Annual report of lunatic asylums [Bombay] - 1912-1922
Year: 1912
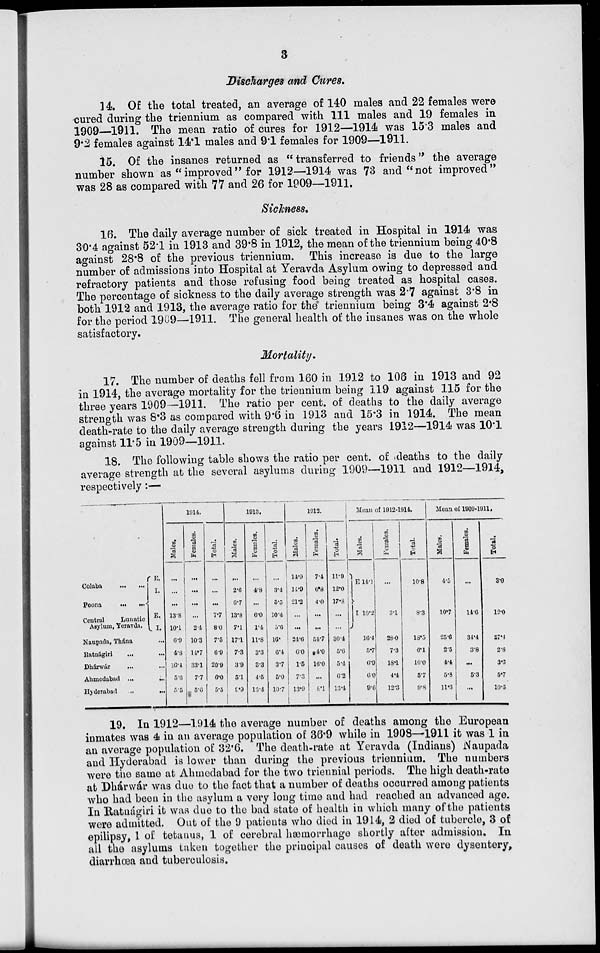
3
Discharges and Cures.
14. Of the total treated, an average of 140 males and 22 females were
cured during the triennium as compared with 111 males and 19 females in
1909—1911. The mean ratio of cures for 1912—1914 was 15.3 males and
9.2 females against 14.1 males and 9.1 females for 1909—1911.
15. Of the insanes returned as "transferred to friends " the average
number shown as "improved" for 1912—1914 was 73 and "not improved"
was 28 as compared with 77 and 26 for 1909—1911.
Sickness.
16. The daily average number of sick treated in Hospital in 1914 was
30.4 against 52.1 in 1913 and 39.8 in 1912, the mean of the triennium being 40.8
against 28.8 of the previous triennium. This increase is due to the large
number of admissions into Hospital at Yeravda Asylum owing to depressed and
refractory patients and those refusing food being treated as hospital cases.
The percentage of sickness to the daily average strength was 2.7 against 3.8 in
both 1912 and 1913, the average ratio for the triennium being 3.4 against 2.8
for the period 1909—1911. The general health of the insanes was on the whole
satisfactory.
Mortality.
17. The number of deaths fell from 160 in 1912 to 106 in 1913 and 92
in 1914, the average mortality for the triennium being 119 against 115 for the
three years 1909—1911. The ratio per cent. of deaths to the daily average
strength was 8.3 as compared with 9.6 in 1913 and 15.3 in 1914. The mean
death-rate to the daily average strength during the years 1912—1914 was 10.1
against 11.5 in 1909—1911.
18. The following table shows the ratio per cent. of (deaths to the daily
average strength at the several asylums during 1909—1911 and 1912—1914,
respectively:—
Colaba
...
...
Poona
...
...
Central
Lunatic
Asylum, Yeravda.
Naupada, Thána
Ratnágiri
...
Dhárwár ...
Ahmedabad ...
Hyderabad ...
E.
I.
E.
I.
...
...
...
...
...
1914.
Males.
...
...
...
13.8
10.1
6.9
4.8
16.4
5.6
5.5
Females.
...
...
...
...
2.4
10.3
14.7
33.1
7.7
5.6
Total.
...
...
...
7.7
8.0
7.5
6.9
20.9
6.0
5.5
1913.
Males.
...
2.6
6.7
13.8
7.1
17.1
7.3
3.9
5.1
9.9
Females.
...
4.8
...
6.0
1.4
11.8
3.3
3.3
4.5
13.4
Total.
...
3.4
5.5
10.4
5.6
16.
6.4
3.7
5.0
10.7
1912.
Males.
14.9
14.9
21.2
...
...
24.6
6.0
1.5
7.3
13.9
Females.
7.4
6.8
4.0
...
...
54.7
4.0
16.0
...
8.1
Total.
11.0
12.0
17.8
...
...
30.4
5.6
5.4
6.2
13.4
Mean of 1912-1914.
Males.
E 14.1
I 10.2
16.4
5.7
6.9
6.0
9.6
Females.
...
3.1
28.0
7.3
18.1
4.4
12.3
Total.
10.8
8.3
18.5
6.1
10.0
5.7
9.8
Mean of 1909-1911.
Males.
4.5
10.7
25.6
2.5
4.4
5.8
11.3
Females.
...
14.6
34.4
3.8
...
5.3
...
Total.
3.0
12.0
27.4
2.8
3.3
5.7
10.5
19. In 1912—1914 the average number of deaths among the European
inmates was 4 in an average population of 36.9 while in 1908—1911 it was 1 in
an average population of 32.6. The death-rate at Yeravda (Indians) Naupada
and Hyderabad is lower than during the previous triennium. The numbers
were the same at Ahmedabad for the two triennial periods. The high death-rate
at Dhárwár was due to the fact that a number of deaths occurred among patients
who had been in the asylum a very long time and had reached an advanced age.
In Ratnágiri it was due to the bad state of health in which many of the patients
were admitted. Out of the 9 patients who died in 1914, 2 died of tubercle, 3 of
epilipsy, 1 of tetanus, 1 of cerebral hæmorrhage shortly after admission. In
all the asylums taken together the principal causes of death were dysentery,
diarrhoea and tuberculosis.